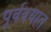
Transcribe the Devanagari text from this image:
पूर्ववयात